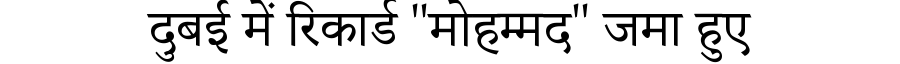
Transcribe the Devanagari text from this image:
दुबई में रिकार्ड "मोहम्मद" जमा हुए